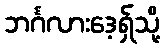
ဘင်္ဂလားဒေ့ရှ်သို့